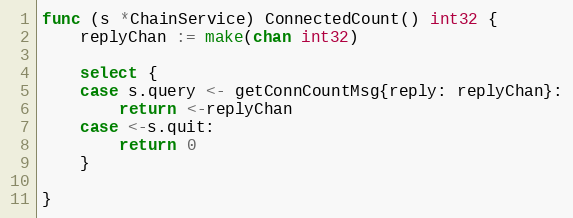
Language: Go
func (s *ChainService) ConnectedCount() int32 {
	replyChan := make(chan int32)

	select {
	case s.query <- getConnCountMsg{reply: replyChan}:
		return <-replyChan
	case <-s.quit:
		return 0
	}

}